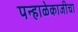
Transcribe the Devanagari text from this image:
पन्हाळेकाजीचा